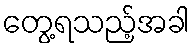
တွေ့ရသည့်အခါ